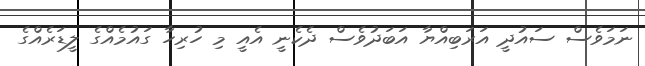
ނަމަވެސް ސައުދީ އަރަބިއްޔާ އަބަދުވެސް ދެކެނީ އެއީ މި ހުރިހާ ގައުމެއްގެ ލީޑަރެއްގެ